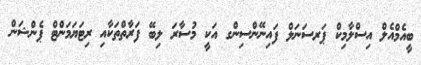
ބީއެމްއެލް އިސްލާމިކް ޕަރސަނަލް ފައިނޭންސިންގ އަކީ މުސާރަ ލިބޭ ފަރާތްތަކާއި ރިޓަޔަމަންޓް ޕެންޝަން